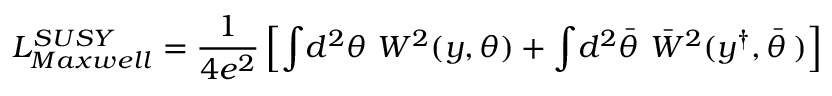
{ \cal L } _ { M a x w e l l } ^ { S U S Y } = \frac { 1 } { 4 e ^ { 2 } } \left[ \int \! d ^ { 2 } \theta ~ W ^ { 2 } \! \left( y , \theta \right) + \int \! d ^ { 2 } \bar { \theta } ~ \bar { W } ^ { 2 } ( y ^ { \dagger } , \bar { \theta } \, ) \right]